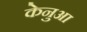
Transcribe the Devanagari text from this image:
केनुआ